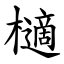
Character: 㰅